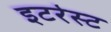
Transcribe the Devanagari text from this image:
इटरेस्‍ट